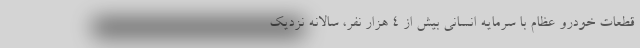
قطعات خودرو عظام با سرمایه انسانی بیش از ٤ هزار نفر، سالانه نزدیک